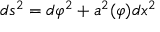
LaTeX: d s ^ { 2 } = d \varphi ^ { 2 } + a ^ { 2 } ( \varphi ) d x ^ { 2 }